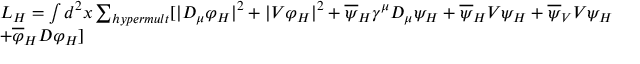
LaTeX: \begin{array} { l c r } { { L _ { H } = \int d ^ { 2 } x \sum _ { h y p e r m u l t } [ | D _ { \mu } \varphi _ { H } | ^ { 2 } + | V \varphi _ { H } | ^ { 2 } + \overline { { { \psi } } } _ { H } \gamma ^ { \mu } D _ { \mu } \psi _ { H } + \overline { { { \psi } } } _ { H } V { \psi } _ { H } + \overline { { { \psi } } } _ { V } V { \psi } _ { H } } } \\ { { + \overline { { \varphi } } _ { H } D \varphi _ { H } ] } } \end{array}